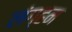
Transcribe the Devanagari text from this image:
लंग्हम